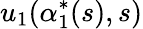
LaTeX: u_{1}(\alpha_{1}^{*}(s),s)